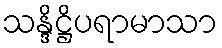
သန္ဒိဋ္ဌိပရာမာသာ